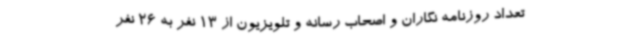
تعداد روزنامه نگاران و اصحاب رسانه و تلویزیون از 13 نفر به 26 نفر